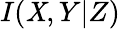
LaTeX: I(\mathit{X},Y|Z)